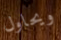
ويحاول